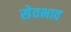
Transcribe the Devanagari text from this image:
सेवभाव